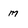
Character: m